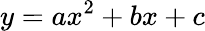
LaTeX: y=ax^{2}+bx+c